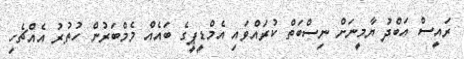
ރައީސް އަބްދު ޔާމީނަށް ނިސްބަތް ކުރައްވައި އެމްޑީޕީގެ ބައެއް މެމްބަރުން ހުތުރު އެއްޗެހި